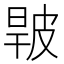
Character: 𤿧